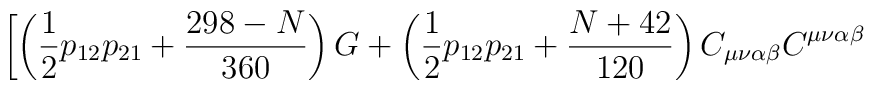
\left[\left( \frac{1}{2} p_{1 2} p_{21} + \frac{298 -N}{360}\right)G +\left( \frac{1}{2 } p_{1 2} p_{2 1} + \frac{N+42}{120}\right)C_{\mu \nu \alpha \beta}C^{\mu \nu \alpha \beta}\right.